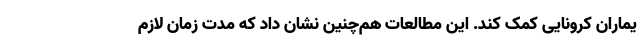
یماران کرونایی کمک کند. این مطالعات هم‌چنین نشان داد که مدت زمان لازم